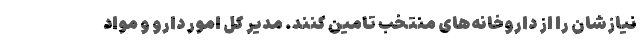
نیازشان را از داروخانه‌های منتخب تامین کنند. مدیر کل امور دارو و مواد